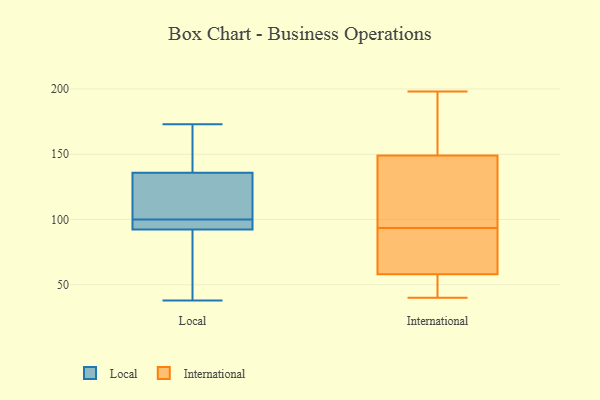
{"axis": {"x": "Market Share (%)", "y": "Value"}, "legend": ["International", "Local"], "data": [{"x": "", "y": 145, "type": "Local"}, {"x": "", "y": 170, "type": "Local"}, {"x": "", "y": 99, "type": "Local"}, {"x": "", "y": 42, "type": "Local"}, {"x": "", "y": 38, "type": "Local"}, {"x": "", "y": 100, "type": "Local"}, {"x": "", "y": 97, "type": "Local"}, {"x": "", "y": 173, "type": "Local"}, {"x": "", "y": 164, "type": "Local"}, {"x": "", "y": 106, "type": "Local"}, {"x": "", "y": 93, "type": "Local"}, {"x": "", "y": 108, "type": "Local"}, {"x": "", "y": 92, "type": "Local"}, {"x": "", "y": 72, "type": "Local"}, {"x": "", "y": 101, "type": "Local"}, {"x": "", "y": 50, "type": "International"}, {"x": "", "y": 198, "type": "International"}, {"x": "", "y": 58, "type": "International"}, {"x": "", "y": 40, "type": "International"}, {"x": "", "y": 128, "type": "International"}, {"x": "", "y": 65, "type": "International"}, {"x": "", "y": 143, "type": "International"}, {"x": "", "y": 93, "type": "International"}, {"x": "", "y": 165, "type": "International"}, {"x": "", "y": 191, "type": "International"}, {"x": "", "y": 68, "type": "International"}, {"x": "", "y": 135, "type": "International"}, {"x": "", "y": 94, "type": "International"}, {"x": "", "y": 58, "type": "International"}, {"x": "", "y": 155, "type": "International"}, {"x": "", "y": 55, "type": "International"}, {"x": "", "y": 166, "type": "International"}, {"x": "", "y": 44, "type": "International"}, {"x": "", "y": 80, "type": "International"}, {"x": "", "y": 106, "type": "International"}]}